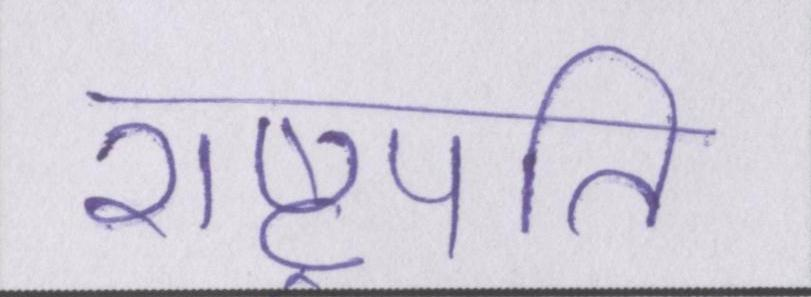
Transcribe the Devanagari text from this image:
राष्ट्रपति